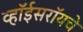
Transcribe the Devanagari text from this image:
व्हॉईसरॉयचे